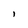
Character: I